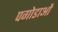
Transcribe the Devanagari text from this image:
पगोडाओं